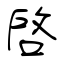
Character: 啓